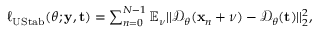
\begin{array} { r } { \ell _ { \mathrm { U S t a b } } ( \boldsymbol { \theta } ; \mathbf y , \mathbf t ) = \sum _ { n = 0 } ^ { N - 1 } \mathbb { E } _ { \boldsymbol \nu } | | \mathcal { D } _ { \boldsymbol { \theta } } ( \mathbf { x } _ { n } + \boldsymbol \nu ) - \mathcal { D } _ { \boldsymbol { \theta } } ( \mathbf t ) | | _ { 2 } ^ { 2 } , } \end{array}